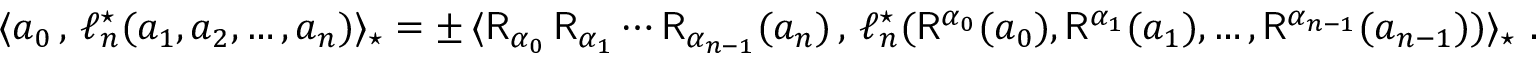
\begin{array} { r } { \langle a _ { 0 } \, , \, \ell _ { n } ^ { \star } ( a _ { 1 } , a _ { 2 } , \dots , a _ { n } ) \rangle _ { \star } = \pm \, \langle \mathsf { R } _ { \alpha _ { 0 } } \, \mathsf { R } _ { \alpha _ { 1 } } \cdots \mathsf { R } _ { \alpha _ { n - 1 } } ( a _ { n } ) \, , \, \ell _ { n } ^ { \star } ( \mathsf { R } ^ { \alpha _ { 0 } } ( a _ { 0 } ) , \mathsf { R } ^ { \alpha _ { 1 } } ( a _ { 1 } ) , \dots , \mathsf { R } ^ { \alpha _ { n - 1 } } ( a _ { n - 1 } ) ) \rangle _ { \star } \ . } \end{array}